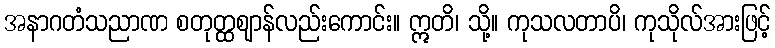
အနာဂတံသညာဏ စတုတ္ထဈာန်လည်းကောင်း။ ဣတိ၊ သို့။ ကုသလတာပိ၊ ကုသိုလ်အားဖြင့်